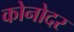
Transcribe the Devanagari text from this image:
कोनोदर